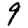
Digit: 9